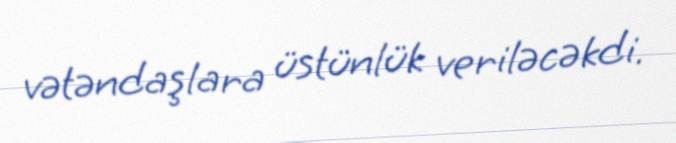
vətəndaşlara üstünlük veriləcəkdi.